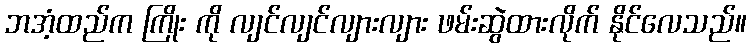
ဘအံ့ထည်က ကြိုး ကို လျင်လျင်လျားလျား ဖမ်းဆွဲထားလိုက် နိုင်လေသည်။